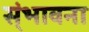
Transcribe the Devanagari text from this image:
स्ंभावना